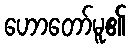
ဟောတော်မူ၏